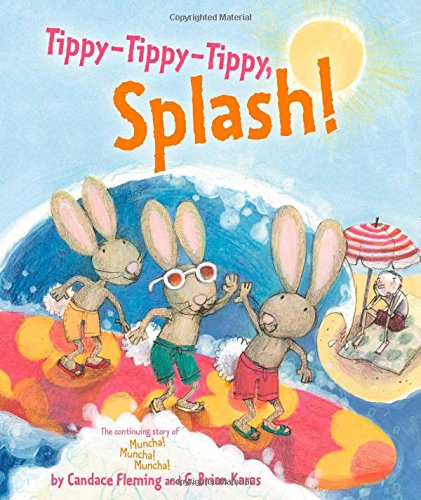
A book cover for Tippy-Tippy-Tippy, Splash!; Candace Fleming; Children's Books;